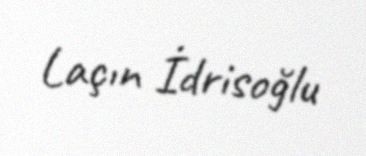
Laçın İdrisoğlu